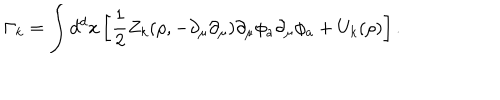
\Gamma _ { k } = \int d ^ { d } x \left[ \frac { 1 } { 2 } Z _ { k } ( \rho , - \partial _ { \mu } \partial _ { \mu } ) \partial _ { \mu } \phi _ { a } \partial _ { \mu } \phi _ { a } + U _ { k } ( \rho ) \right] .